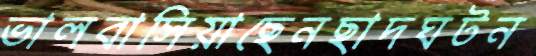
ভালবাসিয়াছেনছাদঘটন